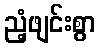
ညံ့ဖျင်းစွာ